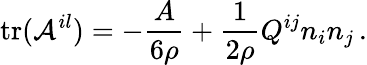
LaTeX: \mathrm{tr}({\cal A}^{il})=-\frac{A}{6\rho}+\frac 1{2\rho}Q^{ij}n_{i}n_{j}\, .